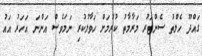
ގައްދޫ ހެލްތު ސެންޓަރު މަރާމާތު ކުރުމަށް ހަވާލުކުރި ނަމަވެސް އަންނަ އަހަރު އައު